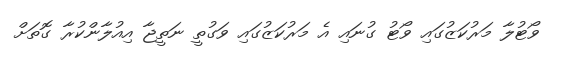
ވޯޓުލާ މަރުކަޒުގައި ވޯޓު ގުނައި އެ މަރުކަޒުގައި ވަގުތީ ނަތީޖާ އިއުލާންކުރާ ގޮތަށް